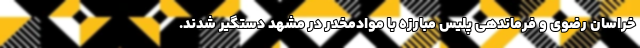
خراسان رضوی و فرماندهی پلیس مبارزه با موادمخدر در مشهد دستگیر شدند.